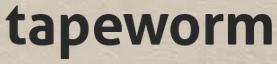
tapeworm